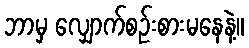
ဘာမှ လျှောက်စဉ်းစားမနေနဲ့။